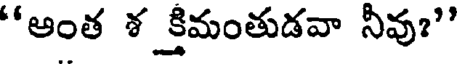
"అంత శ క్రిమంతుడవా నీవు?"